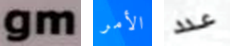
gm الأمر عدد